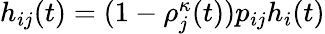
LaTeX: \begin{array}{r}{h_{ij}(t)=(1-\rho_{j}^{\kappa}(t))p_{ij}h_{i}(t)}\end{array}